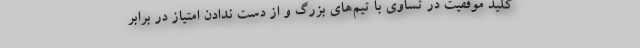
کلید موفقیت در تساوی با تیم‌های بزرگ و از دست ندادن امتیاز در برابر